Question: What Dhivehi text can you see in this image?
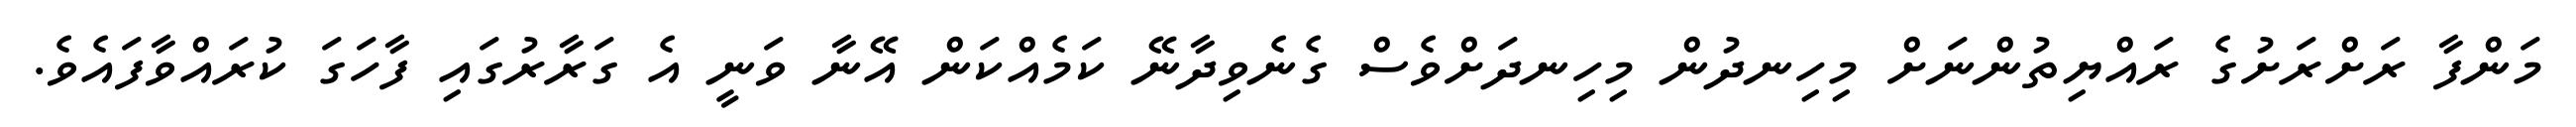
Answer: މަންފާ ރަށްރަށުގެ ރައްޔިތުންނަށް މިހިނދުން މިހިނދަށްވެސް ގެނެވިދާނޭ ކަމެއްކަން އޭނާ ވަނީ އެ ގަރާރުގައި ފާހަގަ ކުރައްވާފައެވެ.